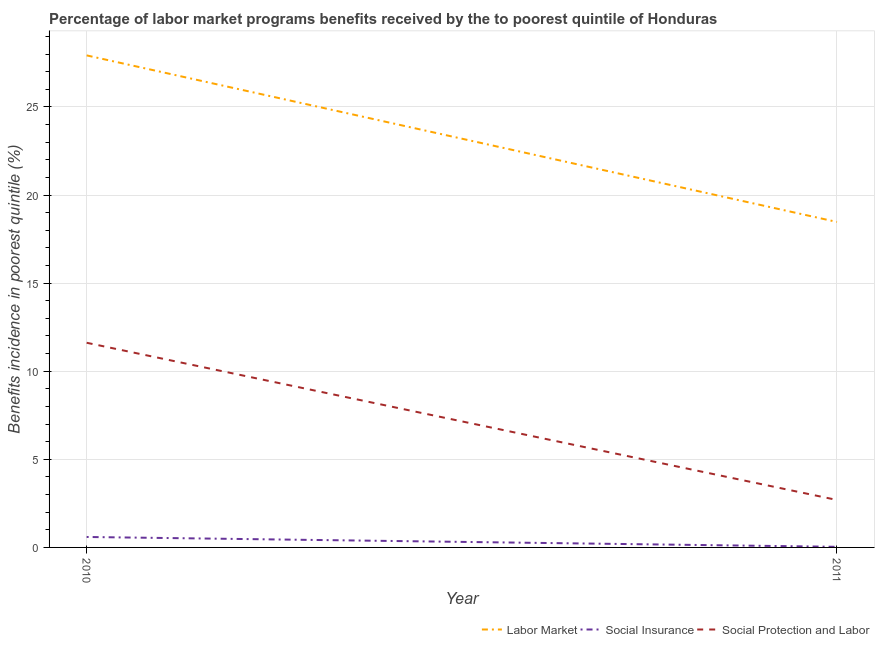
| Year | Labor Market | Social Insurance | Social Protection and Labor |
 | --- | --- | --- | --- |
 | 2010 | 27.9 | 0.593 | 11.6 |
 | 2011 | 18.5 | 0.0347 | 2.69 |